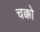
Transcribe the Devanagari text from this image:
चक्को